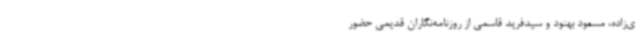
ی‌زاده، مسعود بهنود و سیدفرید قاسمی از روزنامه‌نگاران قدیمی حضور